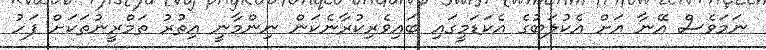
ނަމަވެސް އޭނާ އަށް އެކުލަބުގެ އެކަޑަމީގައި ބައިވެރިކުރާނެކަން ނިންމާނީ އިތުރު ތަމްރީނުތަކަށް ފަހު